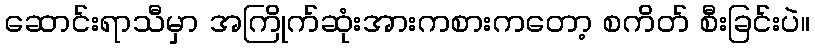
ဆောင်းရာသီမှာ အကြိုက်ဆုံးအားကစားကတော့ စကိတ် စီးခြင်းပဲ။